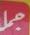
مجل